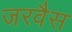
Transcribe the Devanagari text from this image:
जरवैस